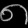
Digit: ၈